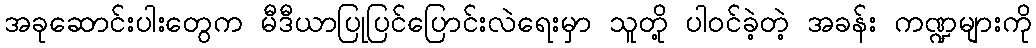
အခုဆောင်းပါးတွေက မီဒီယာပြုပြင်ပြောင်းလဲရေးမှာ သူတို့ ပါဝင်ခဲ့တဲ့ အခန်း ကဏ္ဍများကို